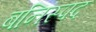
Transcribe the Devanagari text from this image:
बनिस्पद